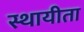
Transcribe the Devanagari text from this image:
स्थायीता